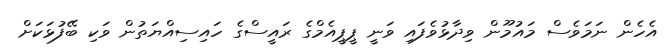
އެހެން ނަމަވެސް މައުމޫން ވިދާޅުވެފައި ވަނީ ޕީޕީއެމްގެ ރައީސްގެ ހައިސިއްޔަތުން ވަކި ބޭފުޅަކަށް